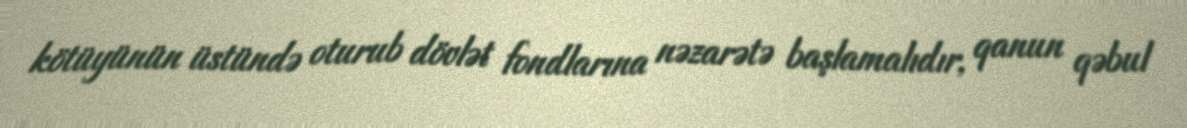
kötüyünün üstündə oturub dövlət fondlarına nəzarətə başlamalıdır, qanun qəbul